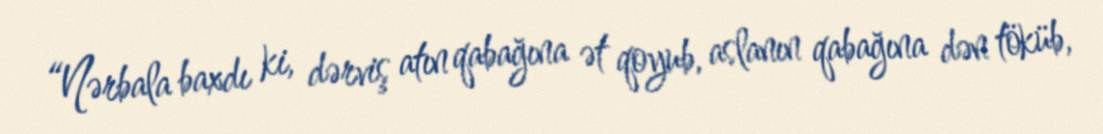
“Nərbala baxdı ki, dərviş atın qabağına ət qoyub, aslanın qabağına dən töküb,